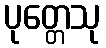
ပုတ္တေသု